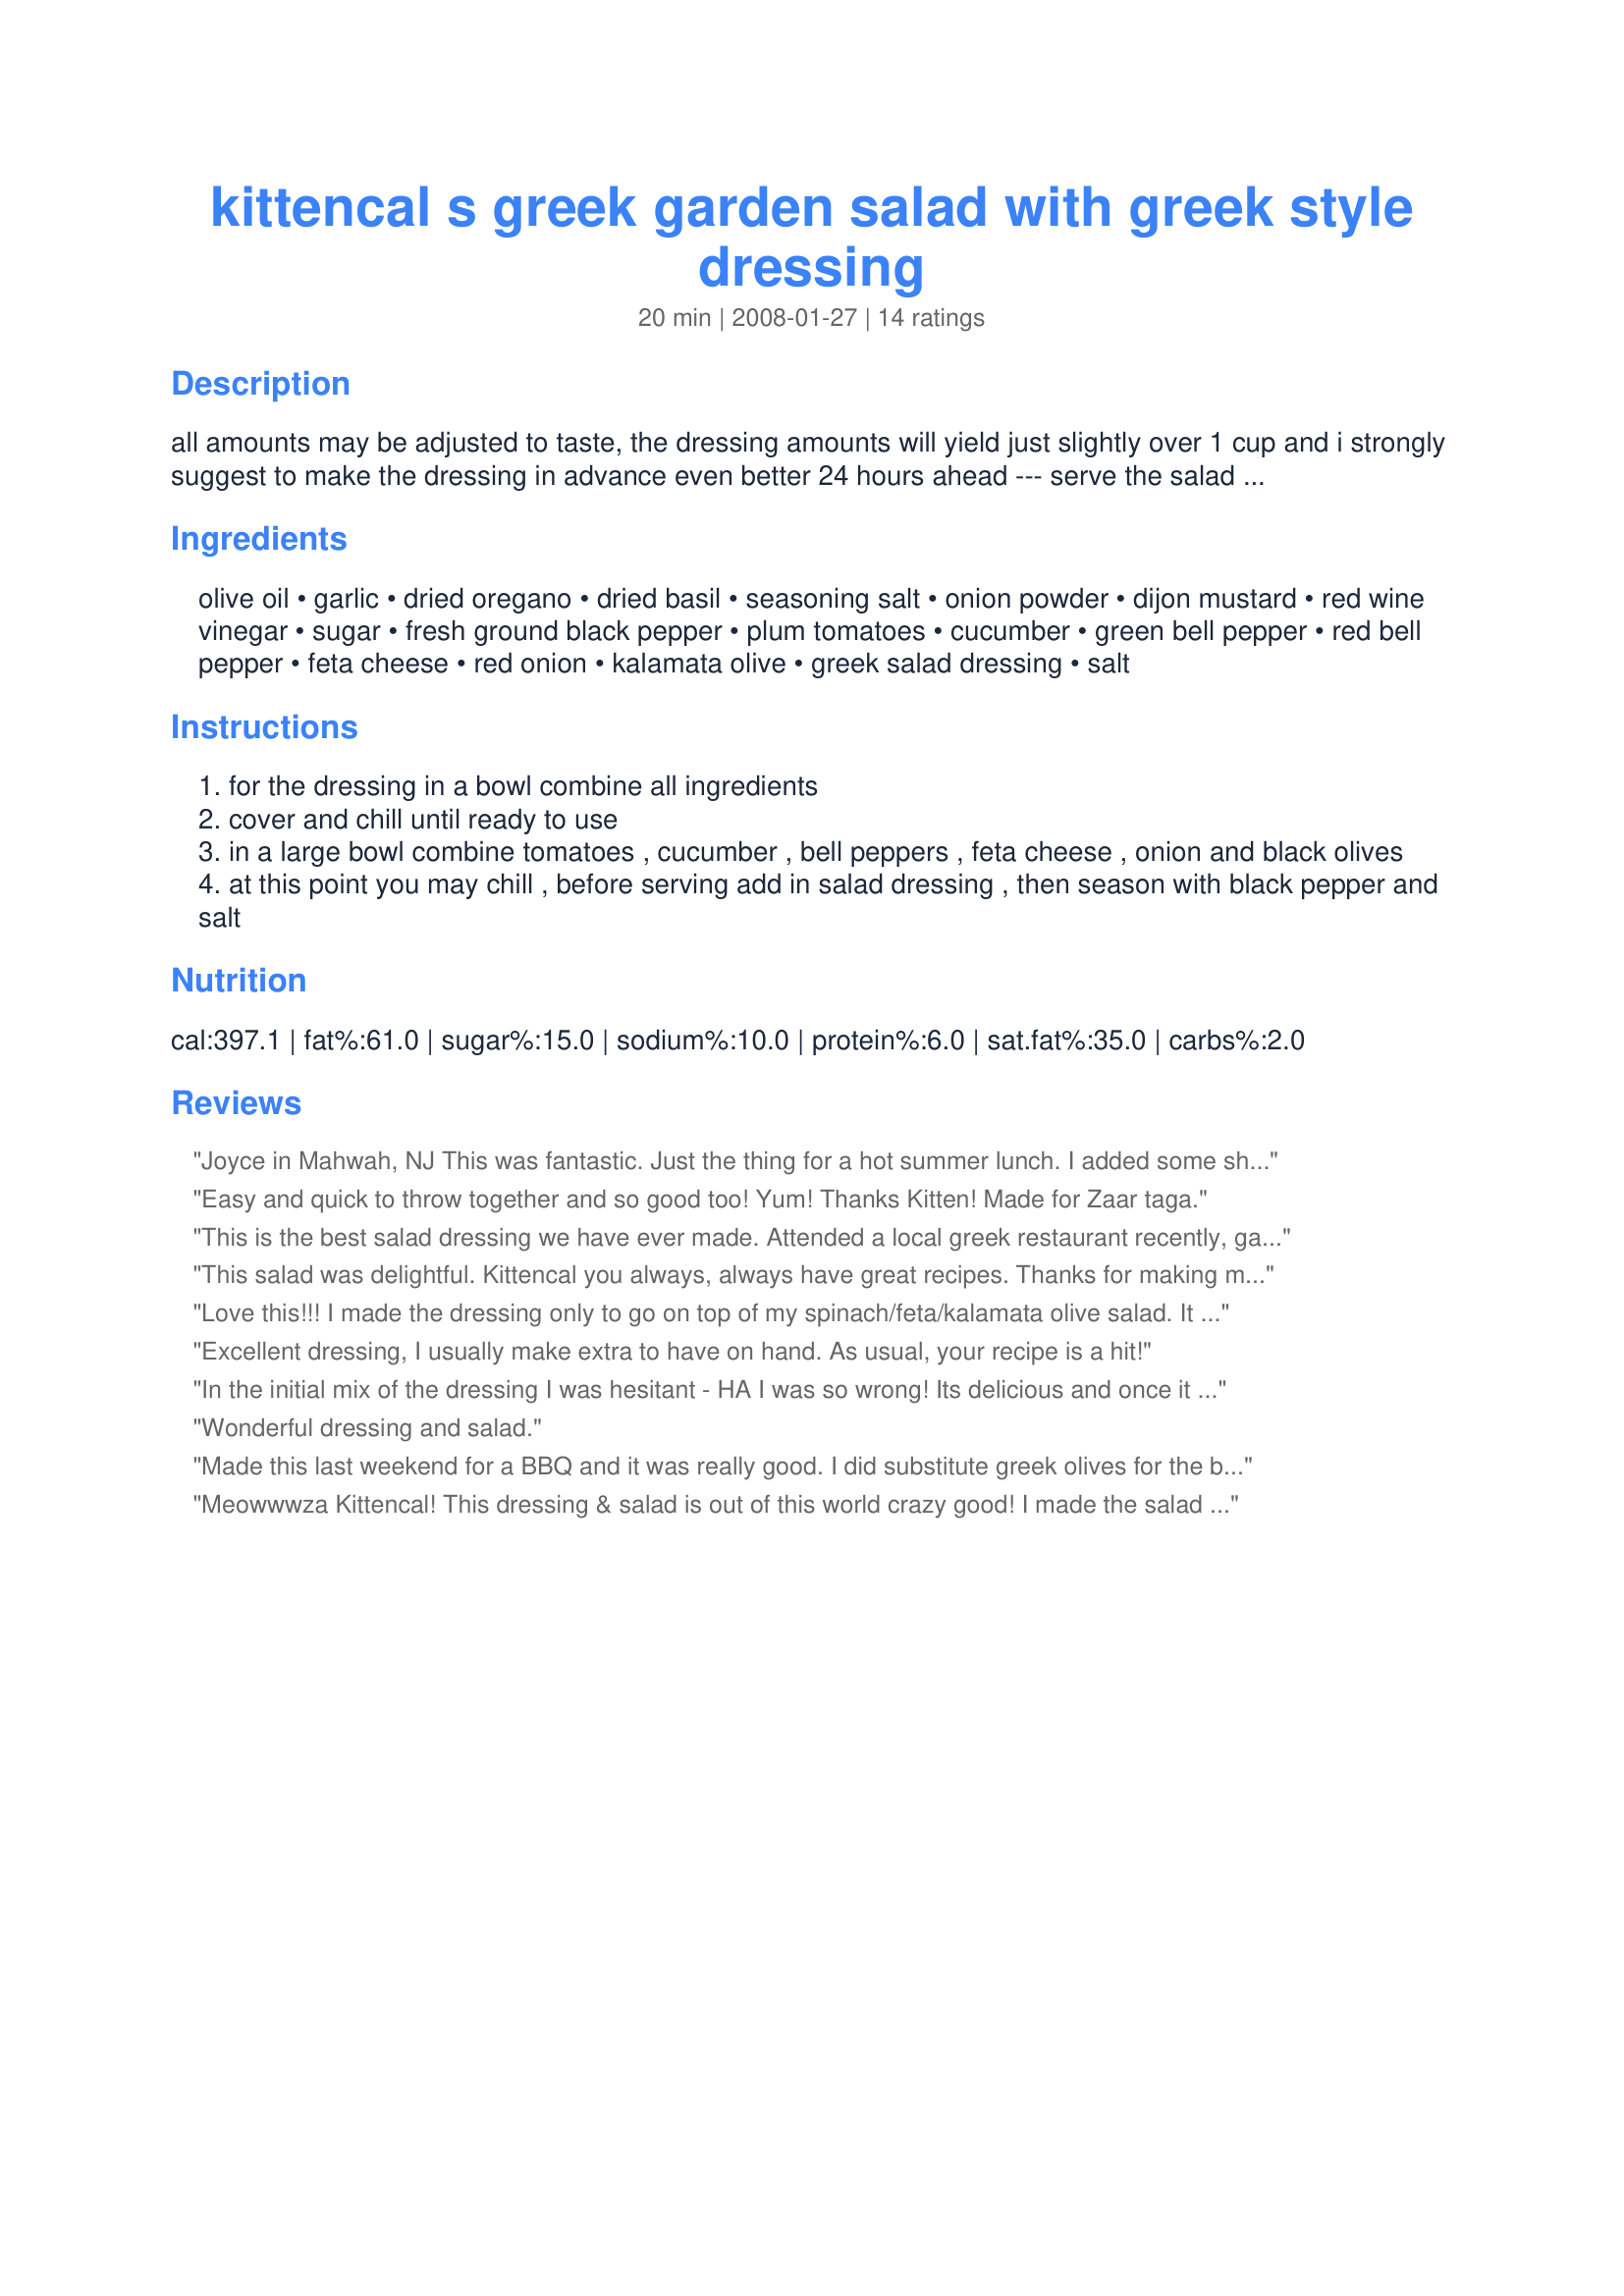
kittencal s greek garden salad with greek style dressing
Preparation time: 20 minutes

all amounts may be adjusted to taste, the dressing amounts will yield just slightly over 1 cup and i strongly suggest to make the dressing in advance even better 24 hours ahead --- serve the salad with crusty bread on the side --- the dressing from my recipe#66596 also works well with this salad

Ingredients:
olive oil, garlic, dried oregano, dried basil, seasoning salt, onion powder, dijon mustard, red wine vinegar, sugar, fresh ground black pepper, plum tomatoes, cucumber, green bell pepper, red bell pepper, feta cheese, red onion, kalamata olive, greek salad dressing, salt

Steps:
for the dressing in a bowl combine all ingredients
cover and chill until ready to use
in a large bowl combine tomatoes , cucumber , bell peppers , feta cheese , onion and black olives
at this point you may chill , before serving add in salad dressing , then season with black pepper and salt

Reviews:
Joyce in Mahwah, NJ

This was fantastic. Just the thing for a hot summer lunch. I added some shrimp and a bit more vinegar.This will be my one and only Greek-Style Dressing.
Easy and quick to throw together and so good too! Yum! Thanks Kitten!

Made for Zaar taga.
This is the best salad dressing we have ever made. Attended a local greek restaurant recently, gave us the idea to try your recipe. extremely easy to make, however, i made a small change, adding the juice of 1 half lemon to enhance the acid basis, it work out great. thanks Cal...
This salad was delightful. Kittencal you always, always have great recipes. Thanks for making my dinner extra special.
Love this!!! I made the dressing only to go on top of my spinach/feta/kalamata olive salad. It was perfect - exactly what I wanted. I love dressings like this! Also, I didn't really measure anything, but all ingredients were included except the oregano. I used fresh basil from my garden, too. Thanks!
Excellent dressing, I usually make extra to have on hand. As usual, your recipe is a hit!
In the initial mix of the dressing I was hesitant - HA I was so wrong! Its delicious and once it settles into the salad and marinates a bit this is AWESOME! I no longer need to visit the deli - at last! I no longer have to be bothered that they are out of greek salad (which they always are). Now it will always be in my fridge!
Wonderful dressing and salad.
Made this last weekend for a BBQ and it was really good. I did substitute greek olives for the black olives, but otherwise made as directed. Very easy to put together and very tasty! Thanks for sharing!
Meowwwza Kittencal! This dressing & salad is out of this world crazy good! I made the salad sans the olives and cukes cuz I didn't have any. Added a few peperoncini peppers cuz I have those and they are often part of a Greek salad in these parts! YUM! Thanks a bunch Kitten! Made with Recipe#77090 for a perfect meal.
This salad dressing is really fresh. I have used it on a bunch of different salads (not just greek). I served it for company and everyone loved it! Thanks!
This salad is FABULOUS! I tried it two weeks ago and have made it four times since then. Can't get enough. Everything I try by you Kittencal is absolutely delish. THanks!
Simple recipe but oh so delicious. I will make this again and often.I made the dressing a few hours before serving. I served it with Sirloin Steak and Twice Baked Potatoes. Really completed the meal. Yum. Thanks, Kittencal!
This was really delicious. I didn't add the olives in because they had pits in them, so just served them on the side. Another winner...my but your recipes are tasty :)
